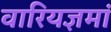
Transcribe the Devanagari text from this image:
वारियज्ञमां